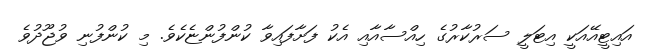
އައިޓީއޭއަކީ އިޓަލީ ސަރުކާރުގެ ހިއްސާއާއި އެކު ފަށާފައިވާ ކުންފުންޏެކެވެ. މި ކުންފުނި ވުޖޫދުވެ